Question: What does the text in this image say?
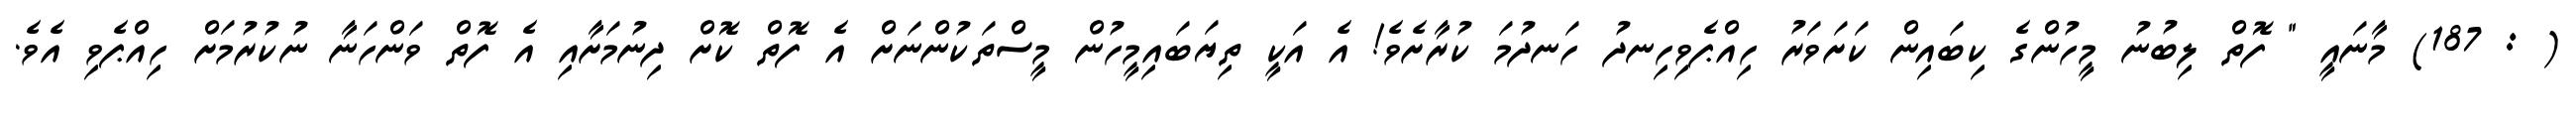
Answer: ( : 187) މާނައީ " ފޮތް ލިބުނު މީހުންގެ ކިބައިން ކަށަވަރު ހިއްޕެވިހިނދު ހަނދުމަ ކުރާށެވެ! އެ އަކީ ތިޔަބައިމީހުން މީސްތަކުންނަށް އެ ފޮތް ކޮށް ދިނުމަށާއި އެ ފޮތް ވަންހަނާ ނުކުރުމަށް ހިއްޕެވި އެވެ.